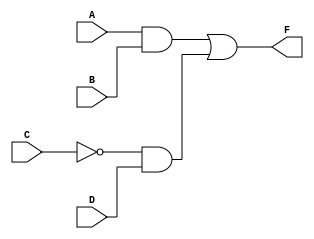
module combinational_logic (
    input wire A,      // Input A
    input wire B,      // Input B
    input wire C,      // Input C
    input wire D,      // Input D
    output wire F      // Output F
);

// Internal signals for intermediate logic
wire not_C;
wire and1;
wire and2;

// Generate NOT for input C
assign not_C = ~C;

// Implement the logic function F = A * B + NOT(C) * D
assign and1 = A & B;      // AND gate for A and B
assign and2 = not_C & D;  // AND gate for NOT(C) and D
assign F = and1 | and2;   // OR gate for combining the results

endmodule